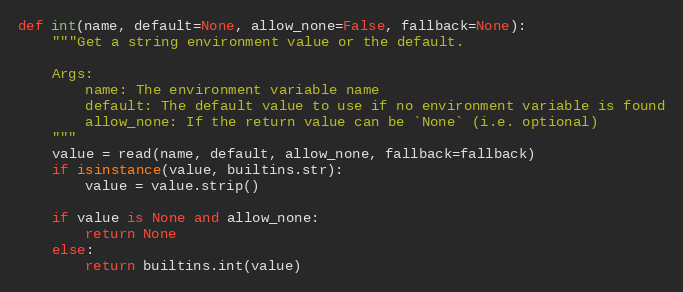
Language: Python
def int(name, default=None, allow_none=False, fallback=None):
    """Get a string environment value or the default.

    Args:
        name: The environment variable name
        default: The default value to use if no environment variable is found
        allow_none: If the return value can be `None` (i.e. optional)
    """
    value = read(name, default, allow_none, fallback=fallback)
    if isinstance(value, builtins.str):
        value = value.strip()

    if value is None and allow_none:
        return None
    else:
        return builtins.int(value)